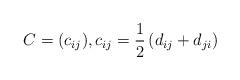
LaTeX: \begin{align*} C=(c_{ij}), c_{ij} = \frac 12 \, (d_{ij} + d_{ji}) \end{align*}